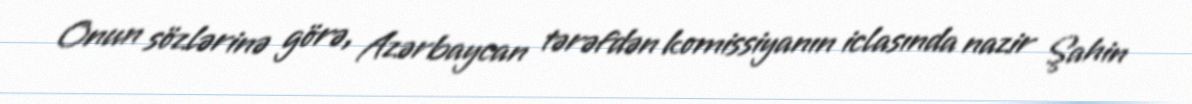
Onun sözlərinə görə, Azərbaycan tərəfdən komissiyanın iclasında nazir Şahin